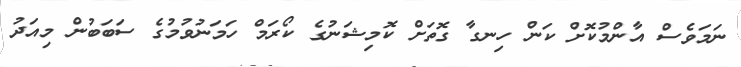
ނަމަވެސް އާންމުކޮށް ކަން ހިނގާ ގޮތަށް ކޮމިޝަނުގެ ކޯރަމް ހަމަނުވުމުގެ ސަބަބުން މިއަދު